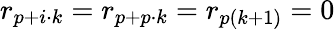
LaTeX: r_{p+i\cdot k}=r_{p+p\cdot k}=r_{p(k+1)}=0